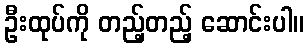
ဦးထုပ်ကို တည့်တည့် ဆောင်းပါ။